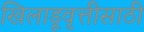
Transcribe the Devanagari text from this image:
खिलाडूवृत्तीसाठी